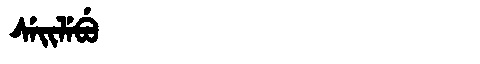
Manchu: ᠰᡝᡳᠯᡝᠪᡠ
Romanization: SEILEBU